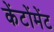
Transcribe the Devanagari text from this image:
केंटोंमेंट